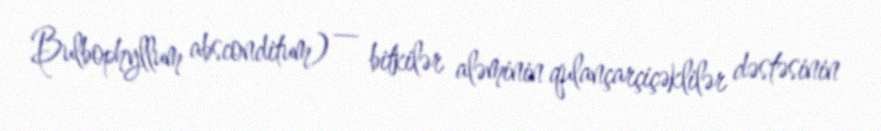
Bulbophyllum absconditum) — bitkilər aləminin qulançarçiçəklilər dəstəsinin